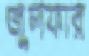
জুলফার